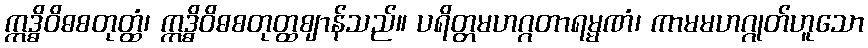
ဣဒ္ဓိဝိဓစတုတ္ထံ၊ ဣဒ္ဓိဝိဓစတုတ္ထဈာန်သည်။ ပရိတ္တမဟဂ္ဂတာရမ္မဏံ၊ ကာမမဟဂ္ဂုတ်ဟူသော